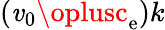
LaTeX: (\mathit{v}_{0}\oplusc_{\mathrm{{e}}})k